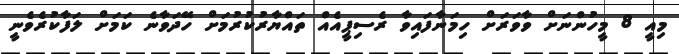
މިއީ 8 މީހުންނަށް ވާވަރަށް ހިމަނާފައިވާ ރެސިޕީއެއް ތައްޔާރުކުރުމަށް ހޭދަވާނެ ކަމަށް ލަފާކުރެވެނީ